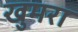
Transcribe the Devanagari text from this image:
खुमरा